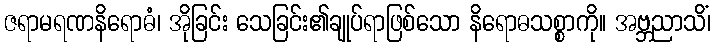
ဇရာမရဏနိရောဓံ၊ အိုခြင်း သေခြင်း၏ချုပ်ရာဖြစ်သော နိရောဓသစ္စာကို။ အဗ္ဘညာသိံ၊